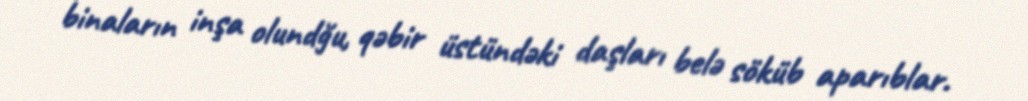
binaların inşa olundğu, qəbir üstündəki daşları belə söküb aparıblar.